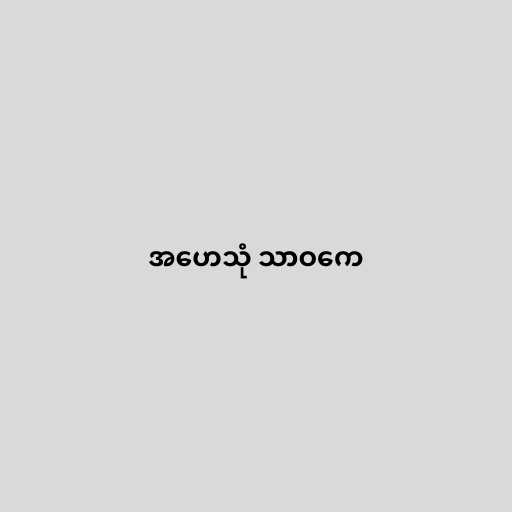
အဟေသုံ သာဝကေ